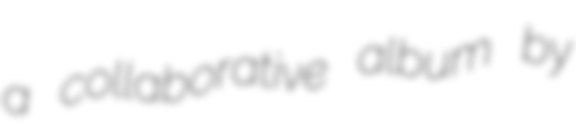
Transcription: a collaborative album by